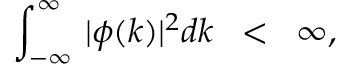
\int _ { - \infty } ^ { \infty } \, | \phi ( k ) | ^ { 2 } d k \; \; < \; \; \infty ,